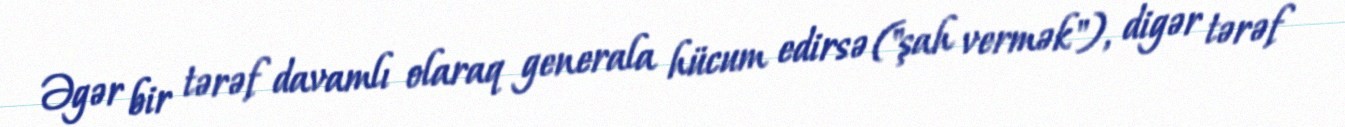
Əgər bir tərəf davamlı olaraq generala hücum edirsə ("şah vermək"), digər tərəf